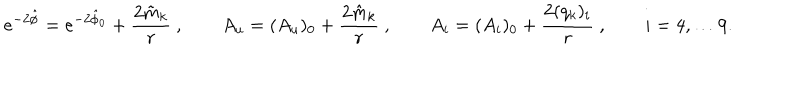
e ^ { - 2 \hat { \phi } } = e ^ { - 2 \hat { \phi } _ { 0 } } + { \frac { 2 \tilde { m } _ { k } } { r } } \ , \qquad A _ { u } = ( A _ { u } ) _ { 0 } + { \frac { 2 \hat { m } _ { k } } { r } } \ , \qquad A _ { i } = ( A _ { i } ) _ { 0 } + { \frac { 2 ( q _ { k } ) _ { i } } { r } } \ , \qquad i = 4 , \dots 9 .